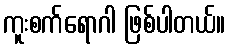
ကူးစက်ရောဂါ ဖြစ်ပါတယ်။